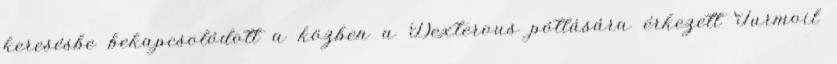
keresésbe bekapcsolódott a közben a Dexterous pótlására érkezett Turmoil